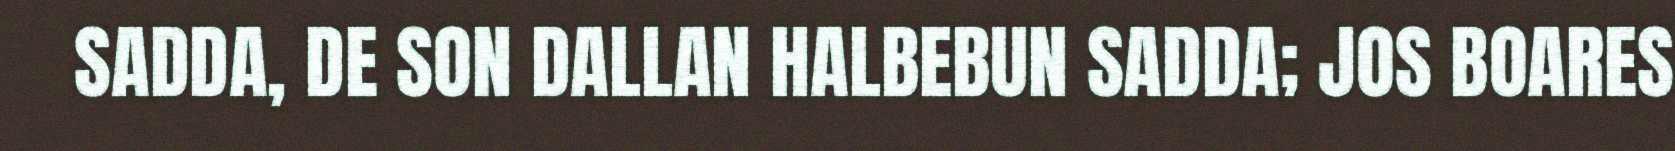
SADDA, DE SON DALLAN HALBEBUN SADDA; JOS BOARES